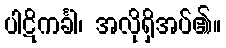
ပါဋိကင်္ခါ၊ အလိုရှိအပ်၏။